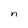
Character: n